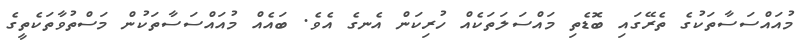
މުއައްސަސާތަކުގެ ތެރޭގައި ބޮޑެތި މައްސަލަތަކެއް ހުރިކަން އެނގެ އެވެ. ބައެއް މުއައްސަސާތަކުން މަސްތުވާތަކެތީގެ